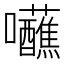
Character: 𡆖